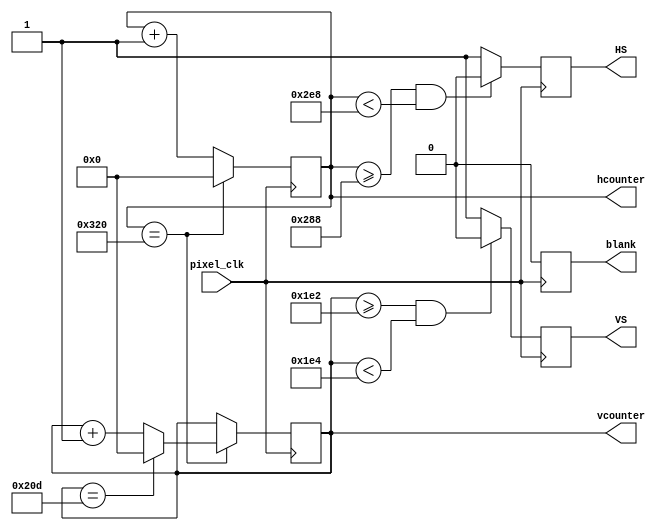
`timescale 1ns / 1ps
//////////////////////////////////////////////////////////////////////////////////
// Company: 
// Engineer: 
// 
// Design Name: 
// Module Name: VGA_Controller_640_480
// Project Name: 
// Target Devices: 
// Tool Versions: 
// Description: 
// 
// Dependencies: 
// 
// Revision:
// Revision 0.01 - File Created
// Additional Comments:
// 
//////////////////////////////////////////////////////////////////////////////////


module vga_controller_640_60 (pixel_clk,HS,VS,hcounter,vcounter,blank);
    input pixel_clk;
    output HS, VS, blank;
    output [10:0] hcounter, vcounter;
    parameter HMAX = 800; // maximum value for the horizontal pixel counter
    parameter VMAX = 525; // maximum value for the vertical pixel counter
    parameter HLINES = 640; // total number of visible columns
    parameter HFP = 648; // value for the horizontal counter where front porch ends
    parameter HSP = 744; // value for the horizontal counter where the synch pulse ends
    parameter VLINES = 480; // total number of visible lines
    parameter VFP = 482; // value for the vertical counter where the front porch ends
    parameter VSP = 484; // value for the vertical counter where the synch pulse ends
    parameter SPP = 0;
    wire video_enable;
    reg HS,VS,blank;
    reg [10:0] hcounter,vcounter;
    always@(posedge pixel_clk)begin
        blank <= ~video_enable;
    end
    always@(posedge pixel_clk)begin
        if (hcounter == HMAX) hcounter <= 0;
        else hcounter <= hcounter + 1;    
    end
    always@(posedge pixel_clk)begin
        if(hcounter == HMAX) begin
        if(vcounter == VMAX) vcounter <= 0;
        else vcounter <= vcounter + 1;
        end
    end
    always@(posedge pixel_clk)begin
    if(hcounter >= HFP && hcounter < HSP) HS <= SPP;
    else HS <= ~SPP;
    end
    always@(posedge pixel_clk)begin
    if(vcounter >= VFP && vcounter < VSP) VS <= SPP;
    else VS <= ~SPP;
    end
    assign video_enable = 1'b1;//(hcounter < HLINES && vcounter < VLINES) ? 1'b1 : 1'b0;
endmodule